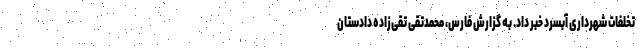
تخلفات شهرداری آبسرد خبر داد. به گزارش فارس، محمدتقی تقی‌زاده دادستان